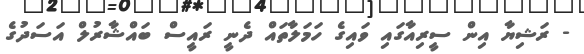
- ރަޝިޔާ އިން ސީރިއާގައި ވައިގެ ހަމަލާތައް ދެނީ ރައީސް ބައްޝާރުލް އަސަދުގެ